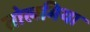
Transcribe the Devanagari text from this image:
तोलमिया